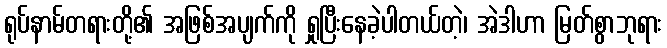
ရုပ်နာမ်တရားတို့၏ အဖြစ်အပျက်ကို ရှုပြီးနေခဲ့ပါတယ်တဲ့၊ အဲဒါဟာ မြတ်စွာဘုရား